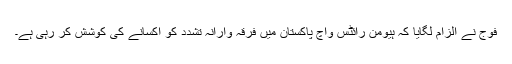
فوج نے الزام لگایا کہ ہیومن رائٹس واچ پاکستان میں فرقہ وارانہ تشدد کو اکسانے کی کوشش کر رہی ہے۔